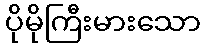
ပိုမိုကြီးမားသော